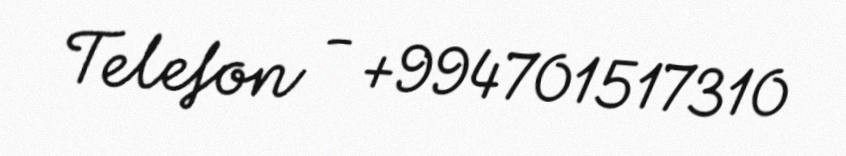
Telefon - +994701517310